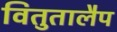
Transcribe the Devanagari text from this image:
वितुतालैप